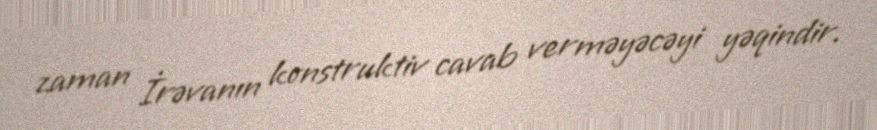
zaman İrəvanın konstruktiv cavab verməyəcəyi yəqindir.